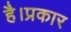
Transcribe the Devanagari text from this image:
है।प्रकार